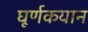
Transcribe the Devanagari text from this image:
घूर्णकयान